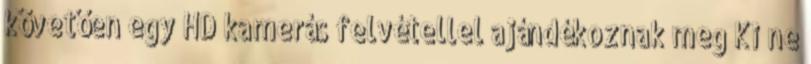
követően egy HD kamerás felvétellel ajándékoznak meg Ki ne